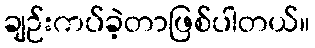
ချဉ်းကပ်ခဲ့တာဖြစ်ပါတယ်။